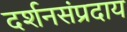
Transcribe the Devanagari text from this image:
दर्शनसंप्रदाय